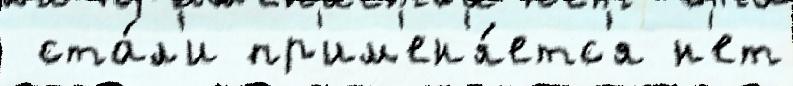
 ста́л'и пр'им'ен'я́етс'я н'ет